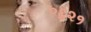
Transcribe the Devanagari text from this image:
०६२१